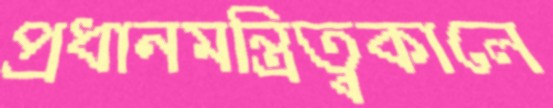
প্রধানমন্ত্রিত্বকালে